Civil Veterinary Department Bengal reports 1933-51 - 1933-1951
Year: 1933
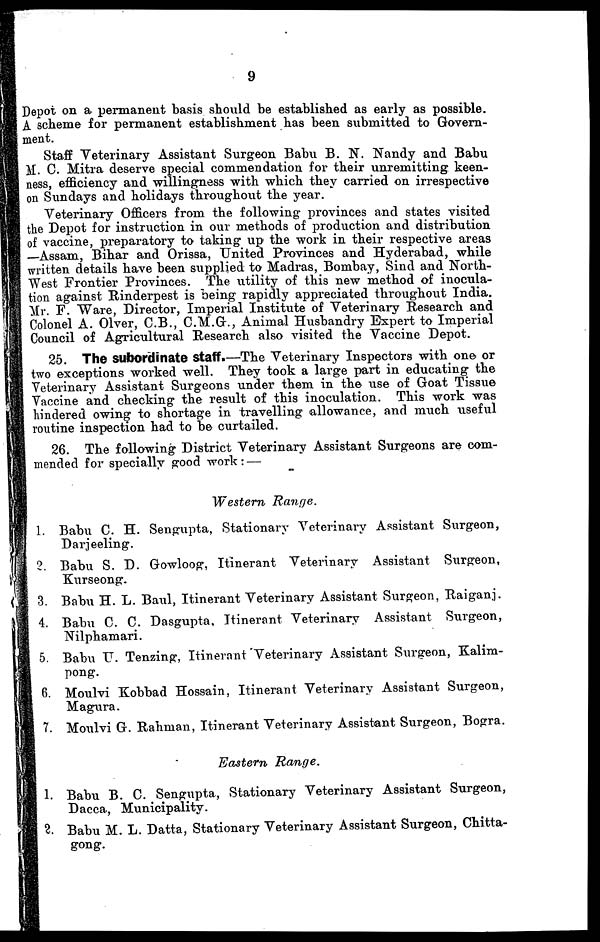
9
Depot on a permanent basis should be established as early as possible.
A scheme for permanent establishment has been submitted to Govern-
ment.
Staff Veterinary Assistant Surgeon Babu B. N. Nandy and Babu
M. C. Mitra deserve special commendation for their unremitting keen-
ness, efficiency and willingness with which they carried on irrespective
on Sundays and holidays throughout the year.
Veterinary Officers from the following provinces and states visited
the Depot for instruction in our methods of production and distribution
of vaccine, preparatory to taking up the work in their respective areas
—Assam, Bihar and Orissa, United Provinces and Hyderabad, while
written details have been supplied to Madras, Bombay, Sind and North-
West Frontier Provinces. The utility of this new method of inocula-
tion against Rinderpest is being rapidly appreciated throughout India.
Mr. F. Ware, Director, Imperial Institute of Veterinary Research and
Colonel A. Olver, C.B., C.M.G., Animal Husbandry Expert to Imperial
Council of Agricultural Research also visited the Vaccine Depot.
25. The subordinate Staff.—The Veterinary Inspectors with one or
two exceptions worked well. They took a large part in educating the
Veterinary Assistant Surgeons under them in the use of Goat Tissue
Vaccine and checking the result of this inoculation. This work was
hindered owing to shortage in travelling allowance, and much useful
routine inspection had to be curtailed.
26. The following District Veterinary Assistant Surgeons are com-
mended for specially good work:—
Western
Range.
1. Babu C. H. Sengupta, Stationary Veterinary Assistant Surgeon,
Darjeeling.
2. Babu S. D. Gowloog, Itinerant Veterinary Assistant Surgeon,
Kurseong.
3. Babu H. L. Baul, Itinerant Veterinary Assistant Surgeon, Raiganj.
4. Babu C. C. Dasgupta, Itinerant Veterinary Assistant Surgeon,
Nilphamari.
5. Babu U. Tenzing, Itinerant Veterinary Assistant Surgeon, Kalim-
pong.
6. Moulvi Kobbad Hossain, Itinerant Veterinary Assistant Surgeon,
Magura.
7. Moulvi G. Rahman, Itinerant Veterinary Assistant Surgeon, Bogra.
Eastern
Range.
1. Babu B. C. Sengupta, Stationary Veterinary Assistant Surgeon,
Dacca, Municipality.
2. Babu M. L. Datta, Stationary Veterinary Assistant Surgeon, Chitta-
gong.